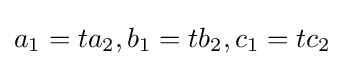
a_{1}=ta_{2},b_{1}=tb_{2},c_{1}=tc_{2}